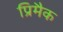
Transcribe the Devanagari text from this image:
प्रिमैक